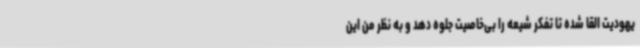
یهودیت القا شده تا تفکر شیعه را بی‌خاصیت جلوه دهد و به نظر من این